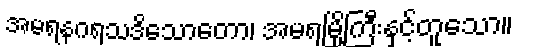
အမရနဂရသဒိသောတော၊ အမရမြို့ကြီးနှင့်တူသော။